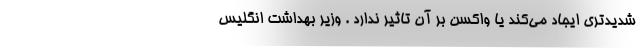
شدیدتری ایجاد می‌کند یا واکسن بر آن تاثیر ندارد . وزیر بهداشت انگلیس